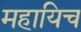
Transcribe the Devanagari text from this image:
महायिच